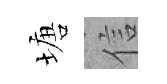
塘信